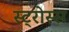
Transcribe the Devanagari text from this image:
स्ट्रोस्स